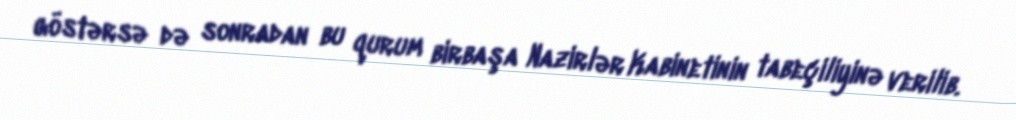
göstərsə də sonradan bu qurum birbaşa Nazirlər Kabinetinin tabeçiliyinə verilib.